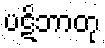
ပဋိဘာတု